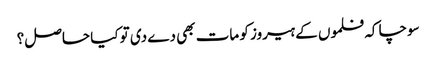
سوچا کہ فلموں کے ہیروز کو مات بھی دے دی تو کیا حاصل؟